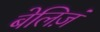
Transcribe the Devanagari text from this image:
बेलिज़ं